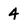
Character: 4